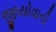
જીયોવાની